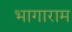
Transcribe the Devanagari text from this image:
भागाराम